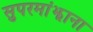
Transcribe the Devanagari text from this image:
सुपरमांझाना